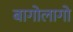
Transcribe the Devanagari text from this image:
बागोलागो